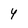
Character: 4